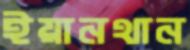
ইয়ানথান